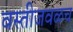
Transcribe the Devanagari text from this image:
वस्तीजवळच